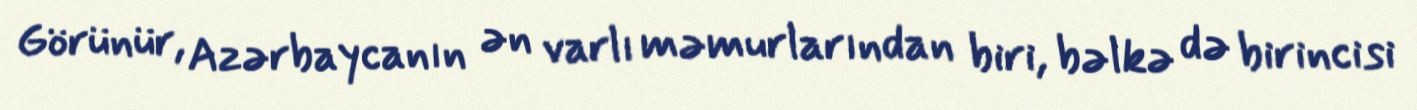
Görünür, Azərbaycanın ən varlı məmurlarından biri, bəlkə də birincisi